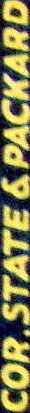
COR.STATE & PACKARD